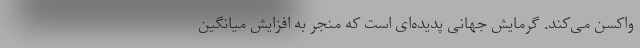
واکسن می‌کند. گرمایش جهانی پدیده‌ای است که منجر به افزایش میانگین